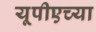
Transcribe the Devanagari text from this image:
यूपीएच्या